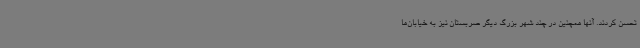
تحسن کردند. آنها همچنین در چند شهر بزرگ دیگر صربستان نیز به خیابان‌ها